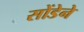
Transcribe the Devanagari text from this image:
सोंडेने